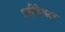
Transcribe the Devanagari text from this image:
प्रतीहेक्टर